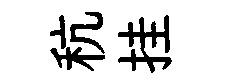
秔挂